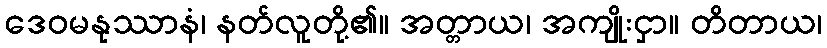
ဒေဝမနုဿာနံ၊ နတ်လူတို့၏။ အတ္တာယ၊ အကျိုးငှာ။ တိတာယ၊